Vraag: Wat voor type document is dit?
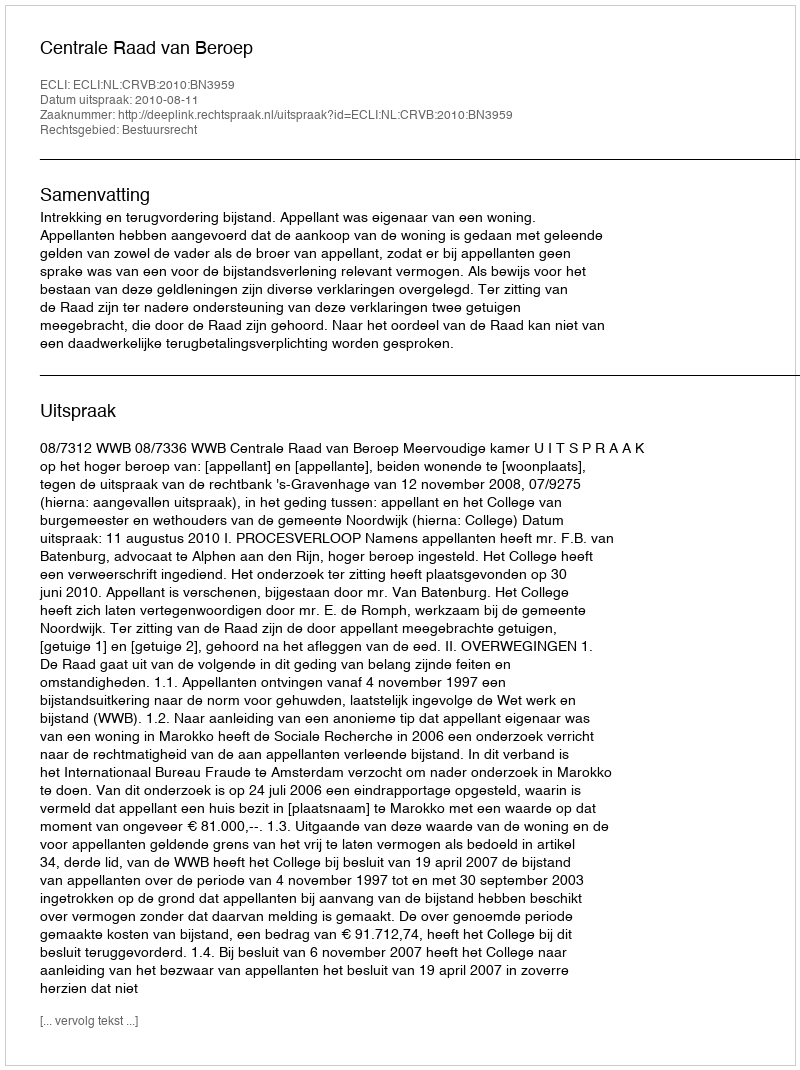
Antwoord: Uitspraak